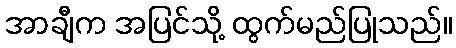
အာချီက အပြင်သို့ ထွက်မည်ပြုသည်။